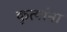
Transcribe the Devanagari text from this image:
कृत्यांना